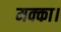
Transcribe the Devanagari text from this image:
मक्का।